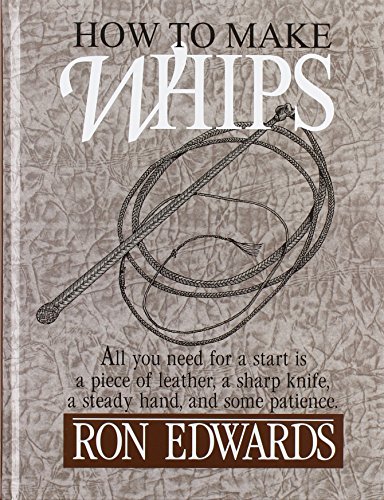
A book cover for How to Make Whips (Bushcraft); Ron Edwards; Crafts, Hobbies & Home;